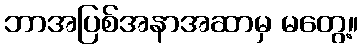
ဘာအပြစ်အနာအဆာမှ မတွေ့။